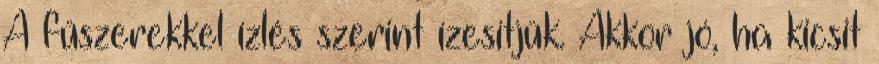
A fűszerekkel ízlés szerint ízesítjük. Akkor jó, ha kicsit